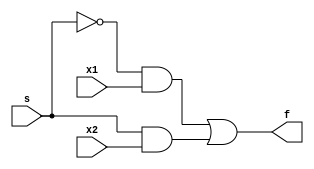
module gate_level_module (x1, x2, s, f);
    input x1, x2, s;
    output f;
    // wire k, g, h; // These three internal wire definitions can be present or missing, the compiler doesn't care.
    
    // When working with gate-level modelling, we need to instanciate all gates one by one.
    not (k, s);
    and (g, k, x1);
    and (h, s, x2);
    or (f, g, h);
endmodule


module simplified_logic_module (x1, x2, s, f);
    input x1, x2, s;
    output f;

    assign f = (~s & x1) | (s & x2); // assign keyword "plugs" the l-value to f.
endmodule


module behavioral_module (x1, x2, s, f);
    input x1, x2, s;
    output reg f; // Whenever assigned in an always block, outputs must be declared as regs.

    // always @ tells the compiler when f should change.
    always @(x1 or x2 or s) begin
        if (s == 0)
            f = x1;
        else
            f = x2;
    end
endmodule